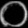
Digit: ၀